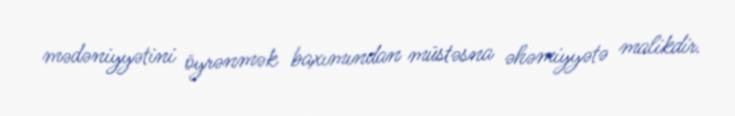
mədəniyyətini öyrənmək baxımından müstəsna əhəmiyyətə malikdir.